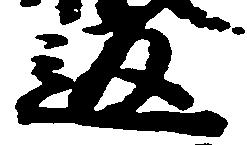
返